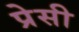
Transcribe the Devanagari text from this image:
प्रेसी